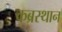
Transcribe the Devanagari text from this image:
कब्रस्थान